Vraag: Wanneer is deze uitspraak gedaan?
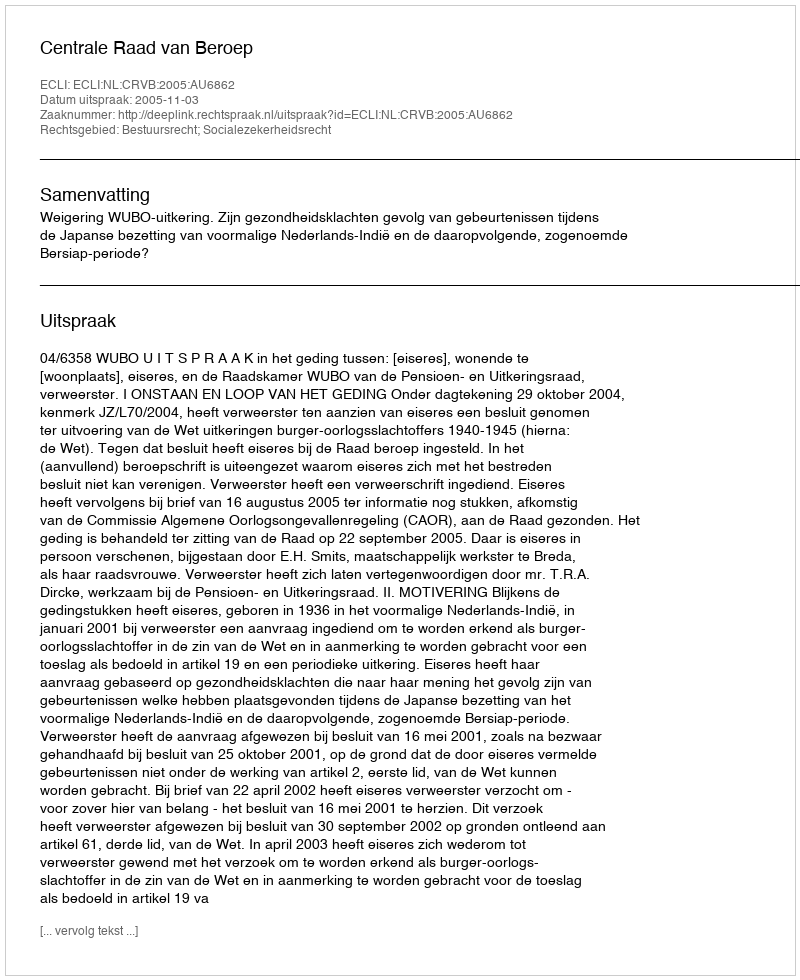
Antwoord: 2005-11-03